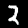
Digit: 2